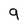
Character: 9